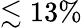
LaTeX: \lesssim 13\%